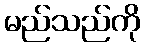
မည်သည်ကို